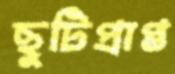
ছুটিপ্রাপ্ত